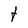
Character: t